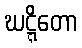
ဃဋ္ဋိတော